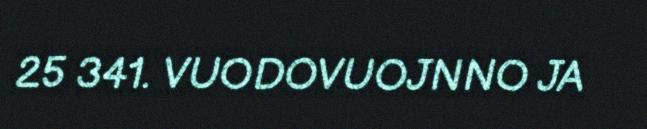
25 341. VUODOVUOJNNO JA